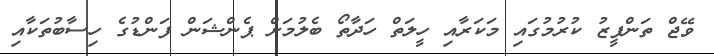
ވޭޖް ތަންފީޒު ކުރުުމުގައި މަކަރާއި ހީލަތް ހަދާތޯ ބެލުމަށް ޕެންޝަން ފަންޑުގެ ހިސާބުތަކާއި